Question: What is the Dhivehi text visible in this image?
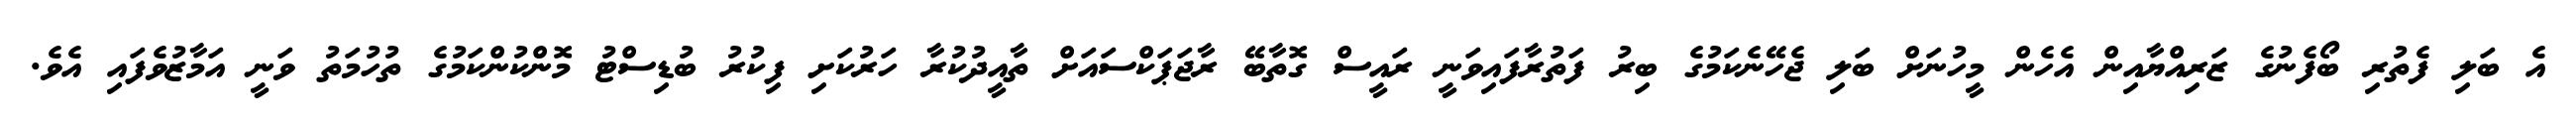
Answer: އެ ބަލި ފެތުރި ބޯފެނުގެ ޒަރިއްޔާއިން އެހެން މީހުނަށް ބަލި ޖެހޭނެކަމުގެ ބިރު ފަތުރާފައިވަނީ ރައީސް ގޮތާބޭ ރާޖަޕަކްސައަށް ތާއީދުކުރާ ހަރުކަށި ފިކުރު ބުޑިސްޓު މޮންކުންކަމުގެ ތުހުމަތު ވަނީ އަމާޒުވެފައި އެވެ.